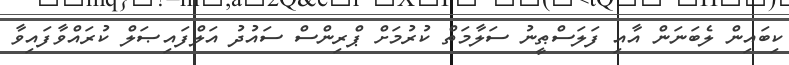
ކިބައިން ލެބަނަން އާއި ފަލަސްޠީނު ސަލާމަތް ކުރުމަށް ޕްރިންސް ސައުދު އަލްފައިޞަލް ކުރައްވާފައިވާ